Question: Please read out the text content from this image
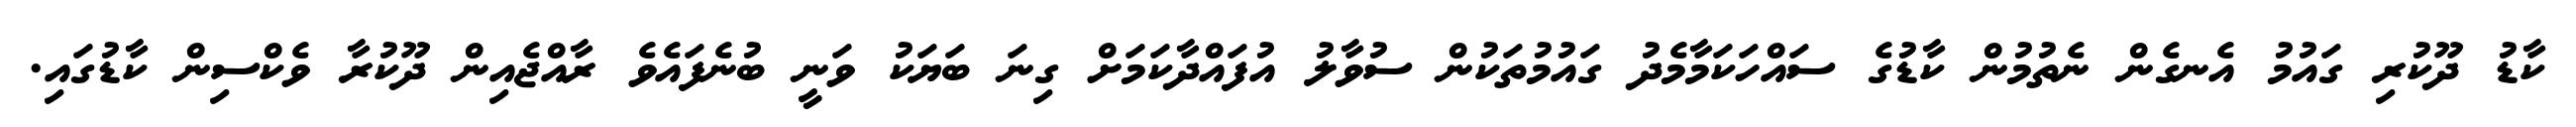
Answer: ކާޑު ދޫކުރި ގައުމު އެނގެން ނެތުމުން ކާޑުގެ ސައްހަކަމާމެދު ގައުމުތަކުން ސުވާލު އުފައްދާކަމަށް ގިނަ ބަޔަކު ވަނީ ބުނެފައެވެ ރާއްޖެއިން ދޫކުރާ ވެކްސިން ކާޑުގައި.